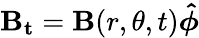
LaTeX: \boldsymbol{\mathbf{B}_{\mathrm{{t}}}}=\mathbf{B}(r,\theta,t)\boldsymbol{\hat{{\phi}}}